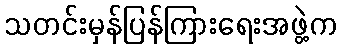
သတင်းမှန်ပြန်ကြားရေးအဖွဲ့က